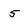
Character: 5